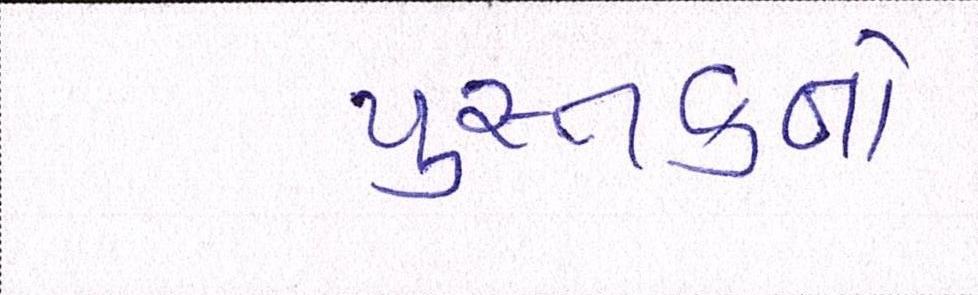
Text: પુસ્તકનો